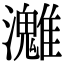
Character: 𤄛